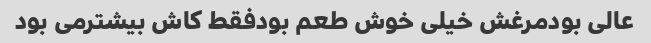
عالی بودمرغش خیلی خوش طعم بودفقط کاش بیشترمی بود